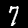
Label: 7